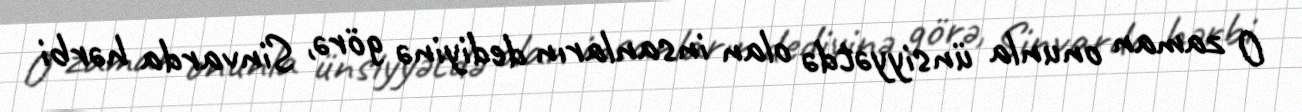
O zaman onunla ünsiyyətdə olan insanların dediyinə görə, Sinvarda hərbi